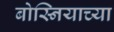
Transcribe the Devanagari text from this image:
बोस्नियाच्या